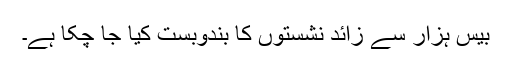
بیس ہزار سے زائد نشستوں کا بندوبست کیا جا چکا ہے۔